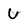
Character: U